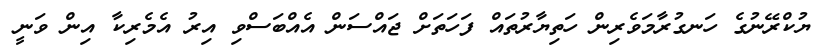
ޔުކްރޭނުގެ ހަނގުރާމަވެރިން ހަތިޔާރުތައް ފަހަތަށް ޖައްސަން އެއްބަސްވި އިރު އެމެރިކާ އިން ވަނީ